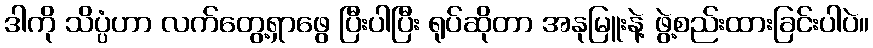
ဒါကို သိပ္ပံဟာ လက်တွေ့ရှာဖွေ ပြီးပါပြီး ရုပ်ဆိုတာ အနုမြူးနဲ့ ဖွဲ့စည်းထားခြင်းပါပဲ။